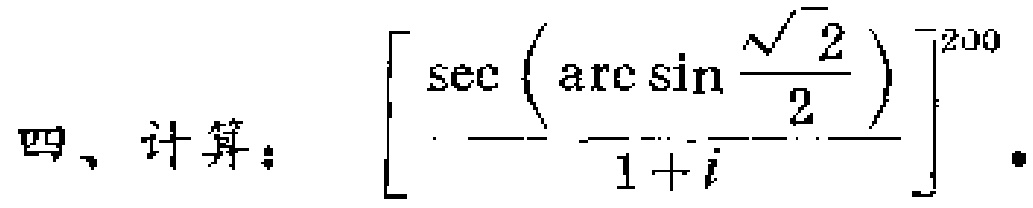
四、计算：$\left[\frac{\sec\left(\arcsin\frac{\sqrt{2}}{2}\right)}{1 + i}\right]^{200}$